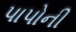
પાપોની